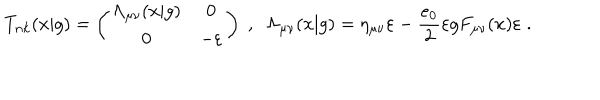
LaTeX: T _ { n k } ( x | g ) = \left( \begin{array} { c c } { { \Lambda _ { \mu \nu } ( x | g ) } } & { { 0 } } \\ { { 0 } } & { { - \varepsilon } } \\ \end{array} \right) \; , \; \; \Lambda _ { \mu \nu } ( x | g ) = \eta _ { \mu \nu } \varepsilon - \frac { e _ { 0 } } { 2 } \varepsilon g F _ { \mu \nu } ( x ) \varepsilon \; .